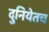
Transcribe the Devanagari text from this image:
दुनियेतच